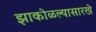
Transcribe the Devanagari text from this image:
झाकोळल्यासारखे